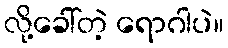
လို့ခေါ်တဲ့ ရောဂါပဲ။